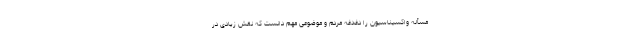
مسأله واکسیناسیون را دغدغه مردم و موضوعی مهم دانست که نقش زیادی در